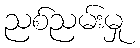
ညစ်ညမ်းမှု